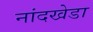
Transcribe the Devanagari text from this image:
नांदखेडा